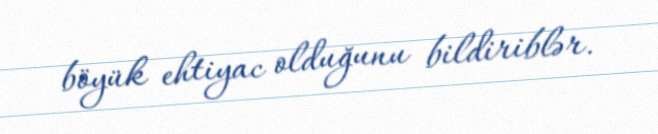
böyük ehtiyac olduğunu bildiriblər.